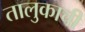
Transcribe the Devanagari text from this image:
तालुकाची